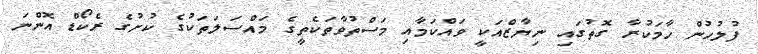
ފުލުހުން ހާމަކުރާ ގޮތުގައި ނިޔާޒްއަކީ ވައްކަމާއި މަސްތުވާތަކެތީގެ މައްސަލަތަކުގެ ކުށުގެ ރެކޯޑް އޮންނަ